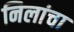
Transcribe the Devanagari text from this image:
निलांचा